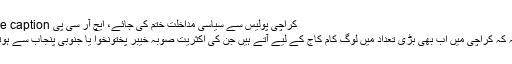
Image caption کراچی پولیس سے سیاسی مداخلت ختم کی جائے، ایچ آر سی پی
مزید یہ کہ کراچی میں اب بھی بڑی تعداد میں لوگ کام کاج کے لیے آتے ہیں جن کی اکثریت صوبہ خیبر پختونخوا یا جنوبی پنجاب سے ہوتی ہے۔